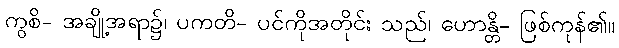
ကွစိ- အချို့အရာ၌၊ ပကတိ- ပင်ကိုအတိုင်း သည်၊ ဟောန္တိ- ဖြစ်ကုန်၏။